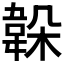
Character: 𩎫